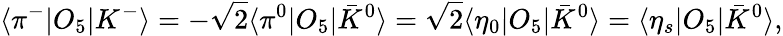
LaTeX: \langle{\pi^{-}|O_{5}|K^{-}}\rangle=-\sqrt{2}\langle{\pi^{0}|O_{5}|\bar{K}^{0}}\rangle=\sqrt{2}\langle{\eta_{0}|O_{5}|\bar{K}^{0}}\rangle=\langle{\eta_{s}|O_{5}|\bar{K}^{0}}\rangle,